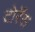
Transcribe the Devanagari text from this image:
टोर्रेंस